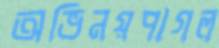
অভিনয়পাগল